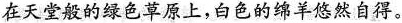
在天堂般的绿色草原上，白色的绵羊悠然自得。